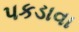
પકડાવા